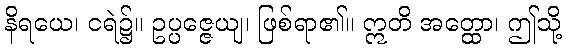
နိရယေ၊ ငရဲ၌။ ဥပ္ပဇ္ဇေယျ၊ ဖြစ်ရာ၏။ ဣတိ အတ္ထော၊ ဤသို့